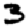
Digit: 3